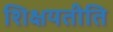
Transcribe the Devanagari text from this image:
शिक्षयतीति